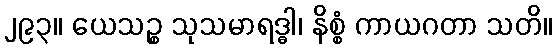
၂၉၃။ ယေသဉ္စ သုသမာရဒ္ဓါ၊ နိစ္စံ ကာယဂတာ သတိ။